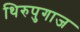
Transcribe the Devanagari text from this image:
थिरुपुगाज